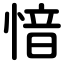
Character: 愔